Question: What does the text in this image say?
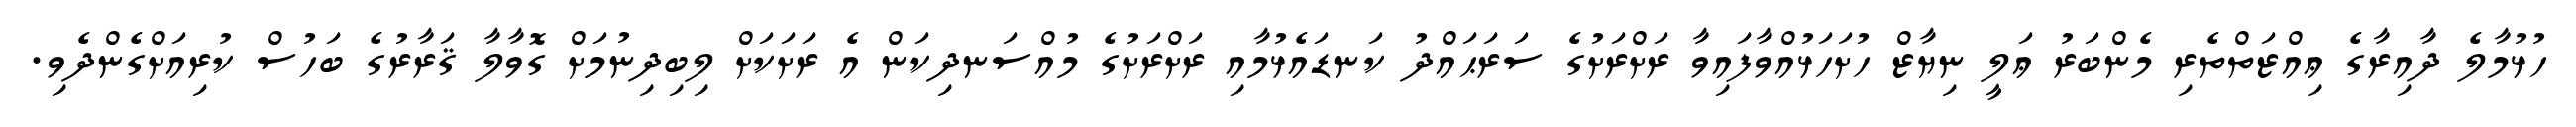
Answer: ހުޅުމާލެ ދާއިރާގެ ޢިއްޒަތްތެރި މެންބަރު ޢަލީ ނިޔާޒް ހުށަހަޅުއްވާފައިވާ ރަށްރަށުގެ ސަރަޙައްދު ކަނޑައެޅުމާއި ރަށްރަށުގެ މުއްސަނދިކަން އެ ރަށަކަށް ލިބިދިނުމަށް ގޮވާލާ ޤަރާރުގެ ބަހުސް ކުރިއަށްގެންދެވި.